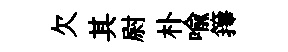
欠其尉朴喩籜